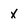
Character: x